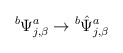
\begin{align*}{}^b\Psi^a_{j,\beta}\rightarrow {}^b{\hat\Psi}^a_{j,\beta}\end{align*}